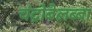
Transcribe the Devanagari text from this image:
चंद्रोबेलब्बा